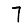
Digit: 7